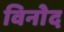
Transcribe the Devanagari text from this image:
विनोेद